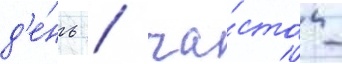
д'е́нь / ча́сто -